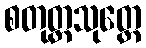
စတုတ္ထသုတ္တေ